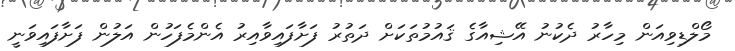
މޯލްޑިވިއަން މިހާރު ދެކުނު އޭޝިއާގެ ޤައުމުތަކަށް ދަތުރު ފަށާފައިވާއިރު އެންމެފަހުން އަލުން ފަށާފައިވަނީ